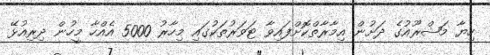
ހިޔާ މަޝްރޫއުގެ ދަށުން އިމާރާތްކޮށްފައިވާ ޓަވަރުތަކުގައި މިހާރު 5000 އެއްހާ މީހުން ދިރިއުޅޭ